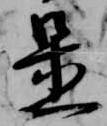
置